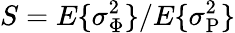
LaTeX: S=E\{ \sigma_{\Phi}^{2}\} /E\{ \sigma_{\mathrm P}^{2}\}